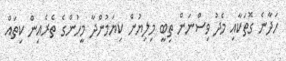
ހަދާނެ ގޮތަކާއި މެދު ވިސްނަން ތިބީ މިލިޔުން ކިޔަމުންދާ މީހުންގެ ތެރެއިން ކިތައް